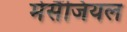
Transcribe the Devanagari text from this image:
मेसैंजियल